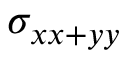
\sigma _ { x x + y y }